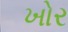
ખોર